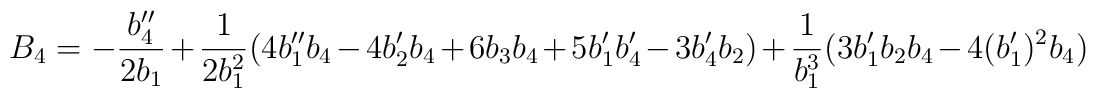
B_{4}=-\frac{b_{4}^{\prime \prime }}{2b_{1}}+\frac{1}{2b_{1}^{2}}(4b_{1}^{\prime \prime }b_{4}-4b_{2}^{\prime}b_{4}+6b_{3}b_{4}+5b_{1}^{\prime }b_{4}^{\prime }-3b_{4}^{\prime }b_{2})+\frac{1}{b_{1}^{3}}(3b_{1}^{\prime }b_{2}b_{4}-4(b_{1}^{\prime })^{2}b_{4})